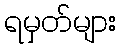
ရမှတ်များ